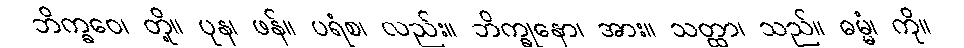
ဘိက္ခဝေ၊ တို့။ ပုန၊ ဖန်။ ပရံစ၊ လည်း။ ဘိက္ခုနော၊ အား။ သတ္ထာ၊ သည်။ ဓမ္မံ၊ ကို။